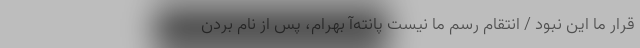
قرار ما این نبود / انتقام رسم ما نیست پانته‌آ بهرام، پس از نام بردن